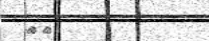
١٨